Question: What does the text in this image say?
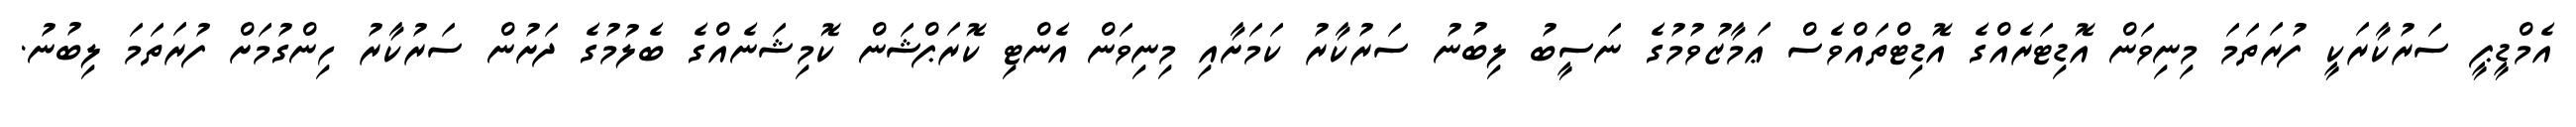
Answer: އެމްޑީޕީ ސަރުކާރަކީ ފުރަތަމަ މިނިވަން އޮޑިޓަރެއްގެ އޮޑިޓްތައްވެސް ޢަމާޒުވުމުގެ ނަސީބު ލިބުނު ސަރުކާރު ކަމަށާއި މިނިވަން އެންޓި ކޮރަޕްޝަން ކޮމިޝަނެއްގެ ބެލުމުގެ ދަށުން ސަރުކާރު ހިންގުމަށް ފުރަތަމަ ލިބުނު.